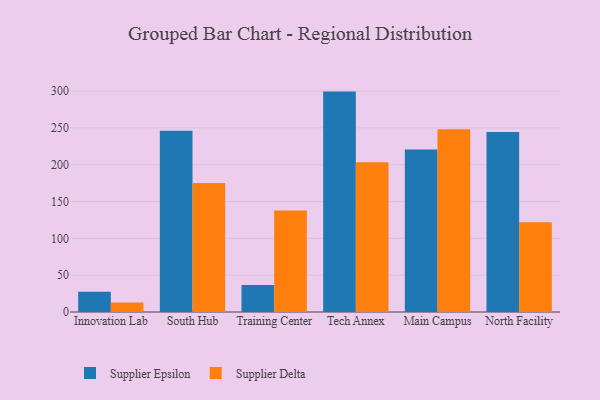
{"axis": {"x": "Campus", "y": "Website Visitors"}, "legend": ["Supplier Delta", "Supplier Epsilon"], "data": [{"x": "Innovation Lab", "y": 27.4, "type": "Supplier Epsilon"}, {"x": "Innovation Lab", "y": 13.0, "type": "Supplier Delta"}, {"x": "South Hub", "y": 246.1, "type": "Supplier Epsilon"}, {"x": "South Hub", "y": 175.2, "type": "Supplier Delta"}, {"x": "Training Center", "y": 36.6, "type": "Supplier Epsilon"}, {"x": "Training Center", "y": 138.0, "type": "Supplier Delta"}, {"x": "Tech Annex", "y": 299.3, "type": "Supplier Epsilon"}, {"x": "Tech Annex", "y": 203.5, "type": "Supplier Delta"}, {"x": "Main Campus", "y": 220.7, "type": "Supplier Epsilon"}, {"x": "Main Campus", "y": 248.2, "type": "Supplier Delta"}, {"x": "North Facility", "y": 244.5, "type": "Supplier Epsilon"}, {"x": "North Facility", "y": 122.0, "type": "Supplier Delta"}]}